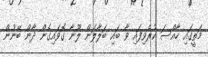
މަތީގައި ހާއްސަ ކުރެވިފައި ވާ ބައި ބަލާލަން ލޫނާ ގޮވައިގެން ދާން ބޭނުން